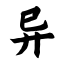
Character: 异